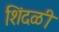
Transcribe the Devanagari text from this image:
शिंदळी